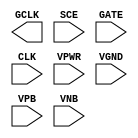
/**
 * Copyright 2020 The SkyWater PDK Authors
 *
 * Licensed under the Apache License, Version 2.0 (the "License");
 * you may not use this file except in compliance with the License.
 * You may obtain a copy of the License at
 *
 *     https://www.apache.org/licenses/LICENSE-2.0
 *
 * Unless required by applicable law or agreed to in writing, software
 * distributed under the License is distributed on an "AS IS" BASIS,
 * WITHOUT WARRANTIES OR CONDITIONS OF ANY KIND, either express or implied.
 * See the License for the specific language governing permissions and
 * limitations under the License.
 *
 * SPDX-License-Identifier: Apache-2.0
 */

`ifndef SKY130_FD_SC_HDLL__SDLCLKP_PP_BLACKBOX_V
`define SKY130_FD_SC_HDLL__SDLCLKP_PP_BLACKBOX_V

/**
 * sdlclkp: Scan gated clock.
 *
 * Verilog stub definition (black box with power pins).
 *
 * WARNING: This file is autogenerated, do not modify directly!
 */

`timescale 1ns / 1ps
`default_nettype none

(* blackbox *)
module sky130_fd_sc_hdll__sdlclkp (
    GCLK,
    SCE ,
    GATE,
    CLK ,
    VPWR,
    VGND,
    VPB ,
    VNB
);

    output GCLK;
    input  SCE ;
    input  GATE;
    input  CLK ;
    input  VPWR;
    input  VGND;
    input  VPB ;
    input  VNB ;
endmodule

`default_nettype wire
`endif  // SKY130_FD_SC_HDLL__SDLCLKP_PP_BLACKBOX_V